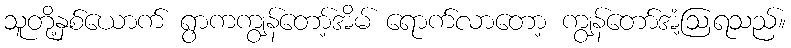
သူတို့နှစ်ယောက် ရွာကကျွန်တော့်အိမ် ရောက်လာတော့ ကျွန်တော်အံ့ဩရသည်။